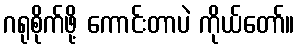
ဂရုစိုက်ဖို့ ကောင်းတာပဲ ကိုယ်တော်။